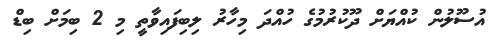
އުސޫލުން ކުއްޔަށް ދޫކުރުމުގެ ހުއްދަ މިހާރު ލިބިފައިވާތީ މި 2 ބިމަށް ބިޑް